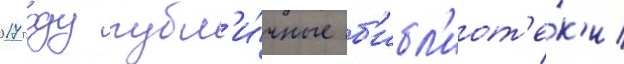
2017 году публ'и́чные б'ибл'иот'е́к'и